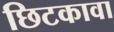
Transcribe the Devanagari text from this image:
छिटकावा